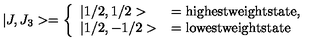
| J , J _ { 3 } > = \left\{ \begin{array} { l l } { | 1 / 2 , 1 / 2 > } & { = { \mathrm { h i g h e s t w e i g h t s t a t e } } , } \\ { | 1 / 2 , - 1 / 2 > } & { = { \mathrm { l o w e s t w e i g h t s t a t e } } } \\ \end{array} \right.